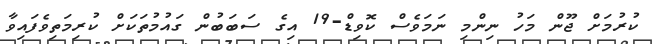
ކުރުމަށް ޖޫން މަހު ނިންމި ނަމަވެސް ކޮވިޑް-19 އިގެ ސަބަބުން ގައުމުތަކަށް ކުރިމަތިވެފައިވާ